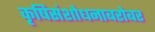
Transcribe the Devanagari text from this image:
कृषिसंशोधनाबरोबर